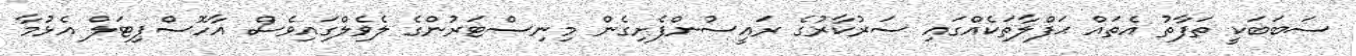
ސަބަބަކީ ތަފާތު އެތައް ޙަފްލާތަކެއްގައި ސަރުކާރުގެ ރައީސުންފެށިގެން މިނިސްޓަރުންގެ ލެވެލްގައިވެސް އާހޮސްޕިޓަލް އެޅުމާ